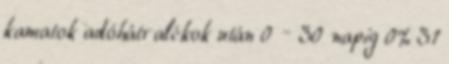
kamatok adóhátralékok után 0 – 30 napig 0% 31